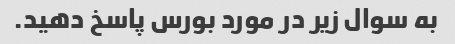
به سوال زیر در مورد بورس پاسخ دهید.